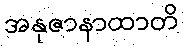
အနုဇာနာထာတိ